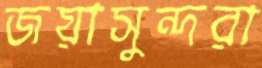
জয়াসুন্দরা